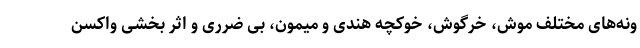
ونه‌های مختلف موش، خرگوش، خوکچه هندی و میمون، بی ضرری و اثر بخشی واکسن